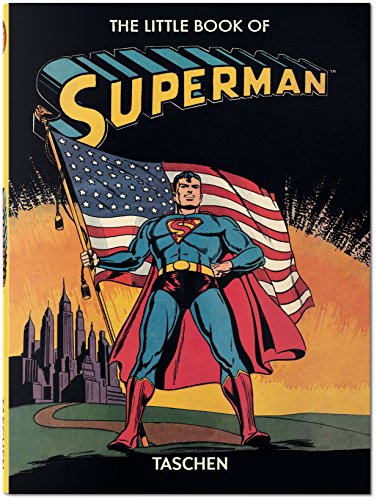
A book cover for The Little Book of Superman (English, French and German Edition); Paul Levitz; Comics & Graphic Novels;